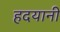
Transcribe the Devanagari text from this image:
हदयानी